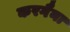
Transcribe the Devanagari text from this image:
करगैना